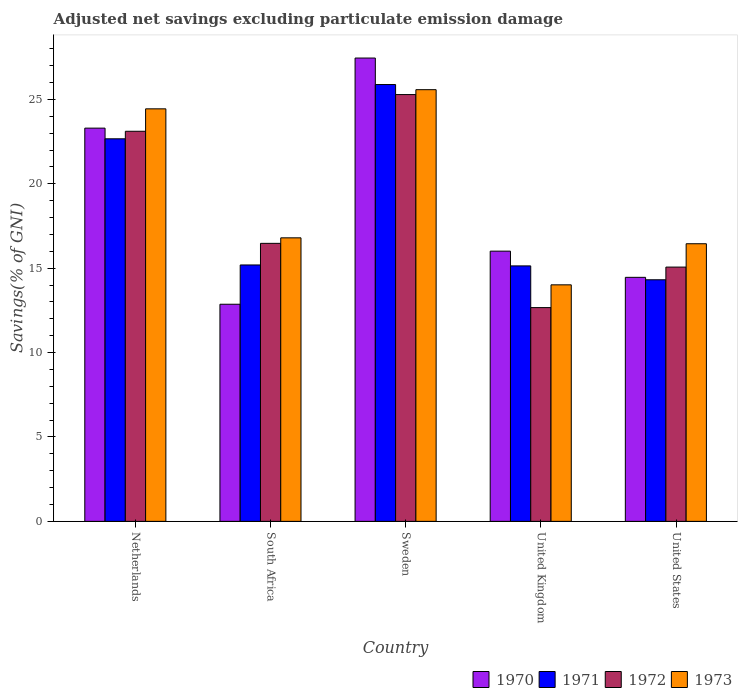
| Country | 1970 | 1971 | 1972 | 1973 |
 | --- | --- | --- | --- | --- |
 | Netherlands | 23.3 | 22.7 | 23.1 | 24.4 |
 | South Africa | 12.9 | 15.2 | 16.5 | 16.8 |
 | Sweden | 27.4 | 25.9 | 25.3 | 25.6 |
 | United Kingdom | 16 | 15.1 | 12.7 | 14 |
 | United States | 14.5 | 14.3 | 15.1 | 16.4 |